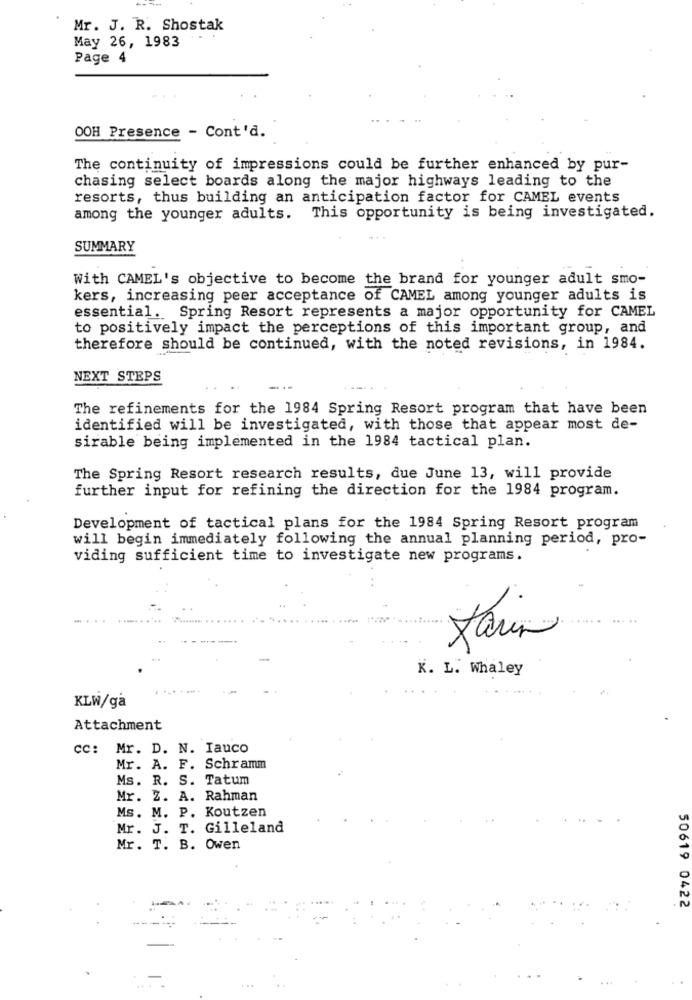
Mr. J. R. Shostak
May 26, 1983
Page 4
OOH Presence - Cont'd.
The continuity of impressions could be further enhanced by pur-
chasing select boards along the major highways leading to the
resorts, thus building an anticipation factor for CAMEL events
among the younger adults. This opportunity is being investigated.
SUMMARY
With CAMEL's objective to become the brand for younger adult smo-
kers, increasing peer acceptance of CAMEL among younger adults is
essential. Spring Resort represents a major opportunity for CAMEL
to positively impact the perceptions of this important group, and
therefore should be continued, with the noted revisions, in 1984.
NEXT STEPS
The refinements for the 1984 Spring Resort program that have been
identified will be investigated, with those that appear most de-
sirable being implemented in the 1984 tactical plan.
The Spring Resort research results, due June 13, will provide
further input for refining the direction for the 1984 program.
Development of tactical plans for the 1984 Spring Resort program
will begin immediately following the annual planning period, pro-
viding sufficient time to investigate new programs.
K. L. Whaley
KLW/ga
Attachment
cc: Mr. D. N. Iauco
Mr. A. F. Schramm
Ms. R. S. Tatum
Mr. Z. A. Rahman
Ms. M. P. Koutzen
Mr. J. T. Gilleland
Mr. T. B. Owen
50619 0422